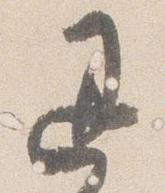
退